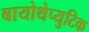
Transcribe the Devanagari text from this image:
बायोथेप्युटिक